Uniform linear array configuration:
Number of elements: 64
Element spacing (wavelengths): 1
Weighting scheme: uniform
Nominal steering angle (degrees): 30
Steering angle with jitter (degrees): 31.199
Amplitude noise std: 0.05
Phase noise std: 0.05

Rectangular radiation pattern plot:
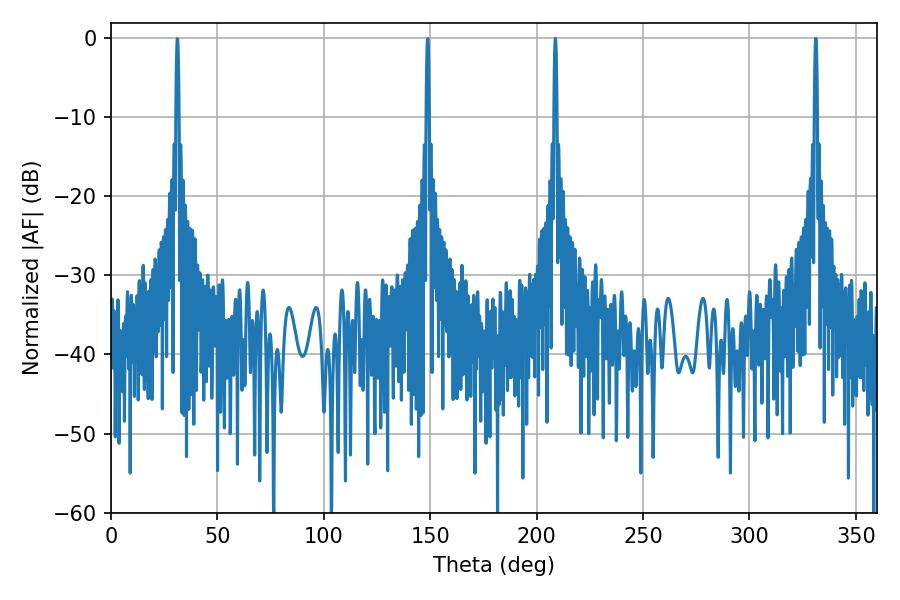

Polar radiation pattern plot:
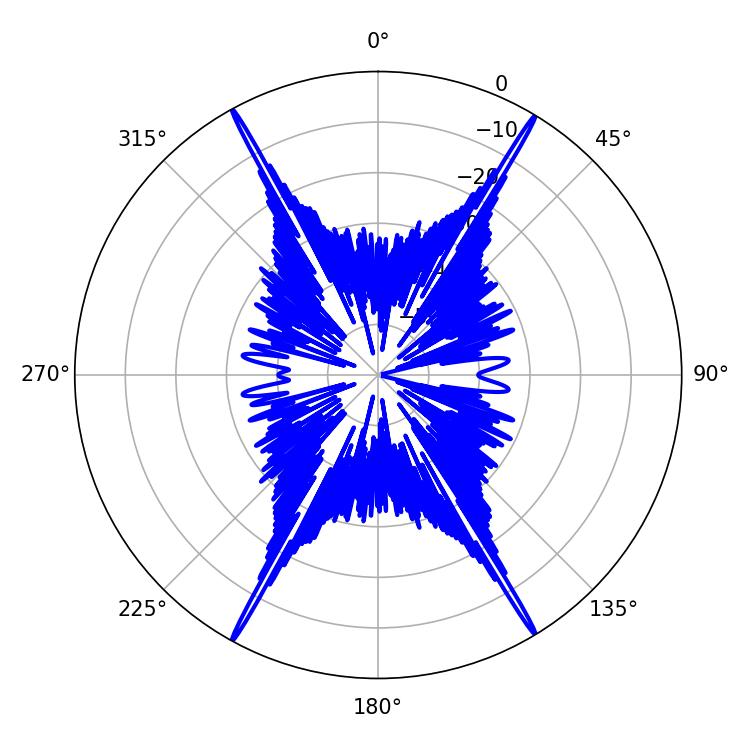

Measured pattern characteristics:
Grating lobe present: TRUE
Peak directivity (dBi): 30.722
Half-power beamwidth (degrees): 0.72
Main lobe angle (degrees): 208.8